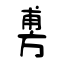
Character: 旉